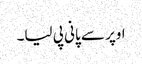
اوپر سے پانی پی لیا۔